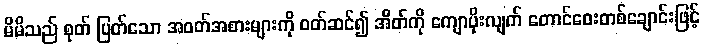
မိမိသည် စုတ် ပြတ်သော အဝတ်အစားများကို ဝတ်ဆင်၍ အိတ်ကို ကျောပိုးလျက် တောင်ဝေးတစ်ချောင်းဖြင့်